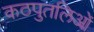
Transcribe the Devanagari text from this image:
कठपुतलिओं